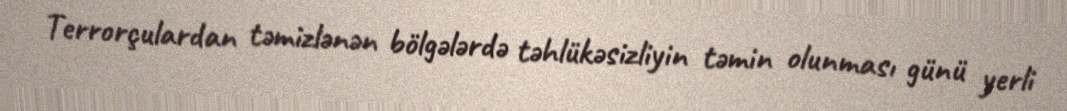
Terrorçulardan təmizlənən bölgələrdə təhlükəsizliyin təmin olunması günü yerli